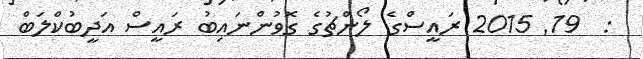
:  19